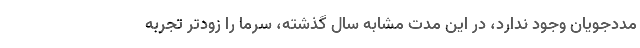
مددجویان وجود ندارد، در این مدت مشابه سال گذشته، سرما را زودتر تجربه